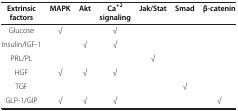
<table><thead><tr><td><b>Extrinsic factors</b></td><td><b>MAPK</b></td><td><b>Akt</b></td><td><b>Ca<sup>+2 </sup>signaling</b></td><td><b>Jak/Stat</b></td><td><b>Smad</b></td><td><b>β-catenin</b></td></tr></thead><tbody><tr><td>Glucose</td><td>√</td><td> </td><td>√</td><td> </td><td> </td><td> </td></tr><tr><td>Insulin/IGF-1</td><td> </td><td>√</td><td>√</td><td> </td><td> </td><td> </td></tr><tr><td>PRL/PL</td><td> </td><td> </td><td> </td><td>√</td><td> </td><td> </td></tr><tr><td>HGF</td><td>√</td><td>√</td><td>√</td><td> </td><td> </td><td> </td></tr><tr><td>TGF</td><td> </td><td> </td><td> </td><td> </td><td>√</td><td> </td></tr><tr><td>GLP-1/GIP</td><td>√</td><td>√</td><td>√</td><td> </td><td> </td><td>√</td></tr></tbody></table>